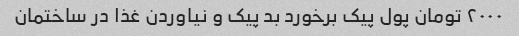
۲۰۰۰ تومان پول پیک برخورد بد پیک و نیاوردن غذا در ساختمان